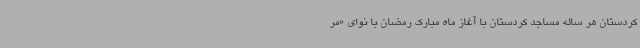
کردستان هر ساله مساجد کردستان با آغاز ماه مبارک رمضان با نوای «مر